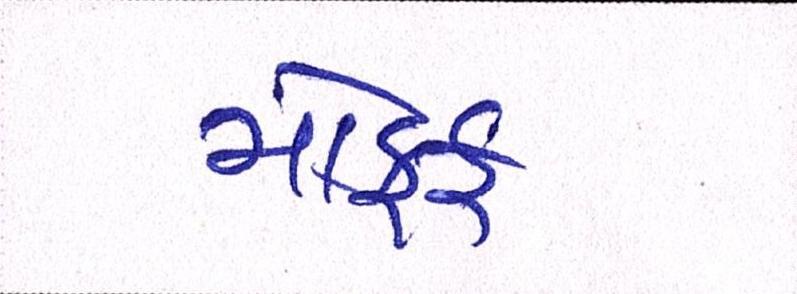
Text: મોકૂફ